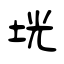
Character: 垙